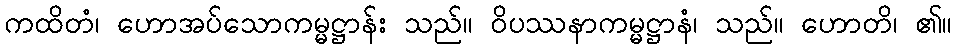
ကထိတံ၊ ဟောအပ်သောကမ္မဋ္ဌာန်း သည်။ ဝိပဿနာကမ္မဋ္ဌာနံ၊ သည်။ ဟောတိ၊ ၏။